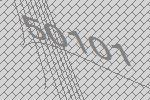
50101